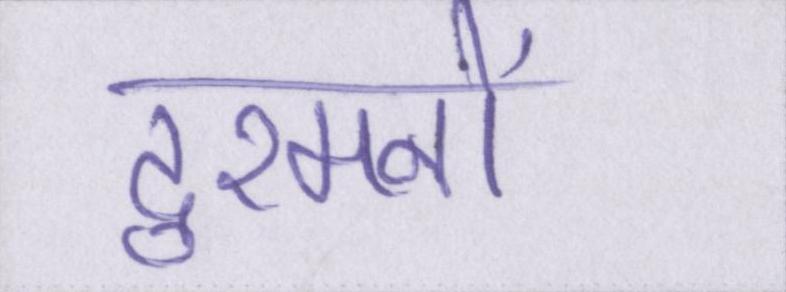
दुश्मनों